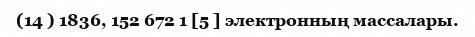
(14 ) 1836, 152 672 1 [5 ] электронның массалары.